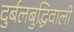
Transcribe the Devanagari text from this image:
दुर्बलबुद्धिवाली